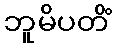
ဘူမိပတိံ